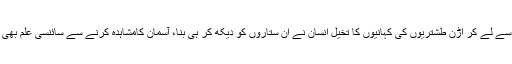
چاند کی پریوں سے لے کر اڑن طشتریوں کی کہانیوں کا تخیل انسان نے ان ستاروں کو دیکھ کر ہی بُنا، آسمان کامشاہدہ کرنے سے سائنسی علم بھی حاصل ہوتا ہے۔